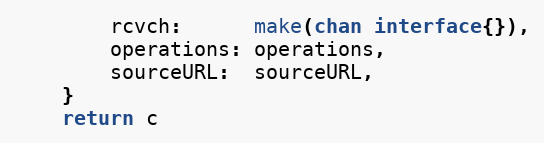
Language: Go
		rcvch:      make(chan interface{}),
		operations: operations,
		sourceURL:  sourceURL,
	}
	return c